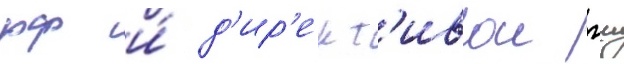
рф и́ д'ир'ект'ивои гш